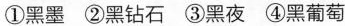
①黑墨②黑钻石③黑夜④黑葡萄